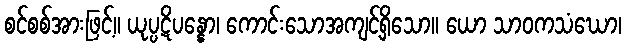
စင်စစ်အားဖြင့်။ ယုပ္ပဋိပန္နော၊ ကောင်းသောအကျင့်ရှိသော။ ယော သာဝကသံဃော၊